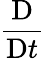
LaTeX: \frac{\mathrm{D}}{\mathrm{D}t}